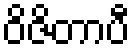
ဝိဇိတာပီ